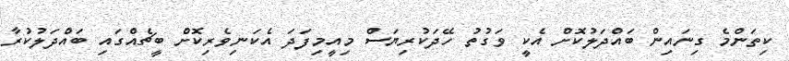
ކިތަންމެ ގިނައިން ބައްދަލުކޮށް އެކީ ވަގުތު ހޭދަކުރިޔަސް މިއީމިފަދަ އެކަނިވެރިކޮށް ބީޗެއްގައި ބައްދަލުކުރާ